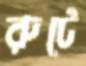
রুটে